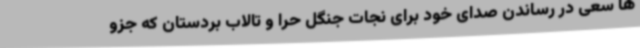
ها سعی در رساندن صدای خود برای نجات جنگل حرا و تالاب بردستان که جزو